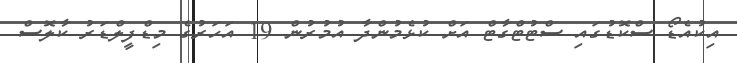
އިކުއެޑޯ ސްކޮޑުގައި ސްޓުޓްގާޓް އަށް ކުޅެމުންދާ އުމުރުން 19 އަހަރުގެ މިޑްފީލްޑަރު ކާލޮސް